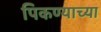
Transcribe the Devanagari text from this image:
पिकण्याच्या